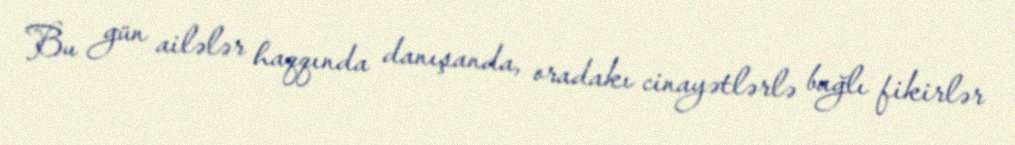
Bu gün ailələr haqqında danışanda, oradakı cinayətlərlə bağlı fikirlər